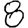
Digit: 8